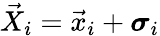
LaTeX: \vec{X}_{i}=\vec{x}_{i}+\boldsymbol{\sigma}_{i}